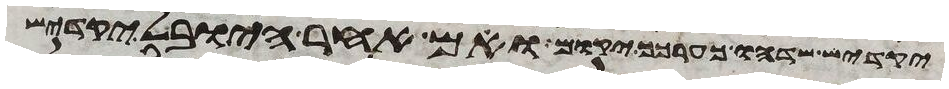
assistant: יקדיש שדהו כערכך יקום ואם אחר היובל יקדיש